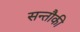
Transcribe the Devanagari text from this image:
सन्तौकी